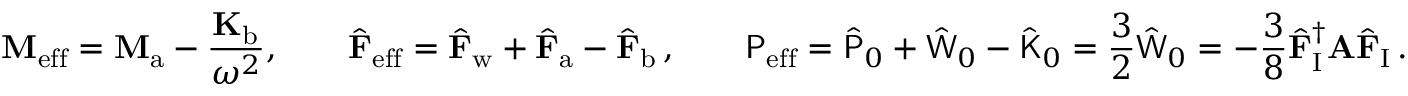
\mathbf { M } _ { \mathrm { e f f } } = \mathbf { M } _ { \mathrm { a } } - \frac { \mathbf { K } _ { \mathrm { b } } } { \omega ^ { 2 } } , \qquad \hat { \mathbf { F } } _ { \mathrm { e f f } } = \hat { \mathbf { F } } _ { \mathrm { w } } + \hat { \mathbf { F } } _ { \mathrm { a } } - \hat { \mathbf { F } } _ { \mathrm { b } } \, , \qquad \mathsf { P } _ { \mathrm { e f f } } = \hat { \mathsf { P } } _ { 0 } + \hat { \mathsf { W } } _ { 0 } - \hat { \mathsf { K } } _ { 0 } = \frac { 3 } { 2 } \hat { \mathsf { W } } _ { 0 } = - \frac { 3 } { 8 } \hat { \mathbf { F } } _ { \mathrm { I } } ^ { \dagger } \mathbf { A } \hat { \mathbf { F } } _ { \mathrm { I } } \, .